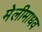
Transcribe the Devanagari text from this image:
मेलीमाधव